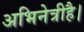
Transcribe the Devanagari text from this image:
अभिनेत्रीहै।